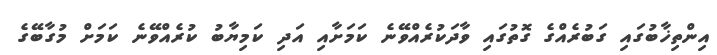
އިންތިޚާބުގައި ގަބުރެއްގެ ގޮތުގައި ވާދަކުރެއްވޭނެ ކަމަށާއި އަދި ކަމިޔާބު ކުރެއްވޭނެ ކަމަށް މުގާބޭގެ